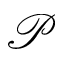
\mathcal { P }